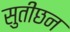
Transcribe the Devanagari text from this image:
सुतीछन